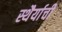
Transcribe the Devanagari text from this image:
स्थैर्याची